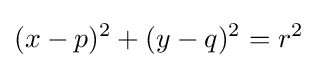
(x-p)^{2}+(y-q)^{2}=r^{2}